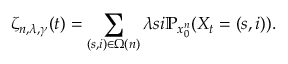
\zeta _ { n , \lambda , \gamma } ( t ) = \sum _ { ( s , i ) \in \Omega ( n ) } \lambda s i \mathbb { P } _ { x _ { 0 } ^ { n } } ( X _ { t } = ( s , i ) ) .